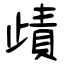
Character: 歵